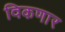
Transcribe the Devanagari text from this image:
विकणार